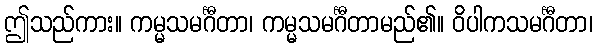
ဤသည်ကား။ ကမ္မသမင်္ဂီတာ၊ ကမ္မသမင်္ဂီတာမည်၏။ ဝိပါကသမင်္ဂီတာ၊